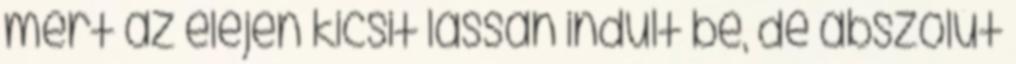
mert az elején kicsit lassan indult be, de abszolút